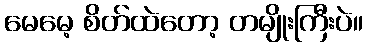
မေမေ့ စိတ်ထဲတော့ တမျိုးကြီးပဲ။